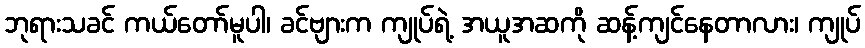
ဘုရားသခင် ကယ်တော်မူပါ၊ ခင်ဗျားက ကျုပ်ရဲ့ အယူအဆကို ဆန့်ကျင်နေတာလား၊ ကျုပ်